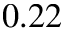
0 . 2 2